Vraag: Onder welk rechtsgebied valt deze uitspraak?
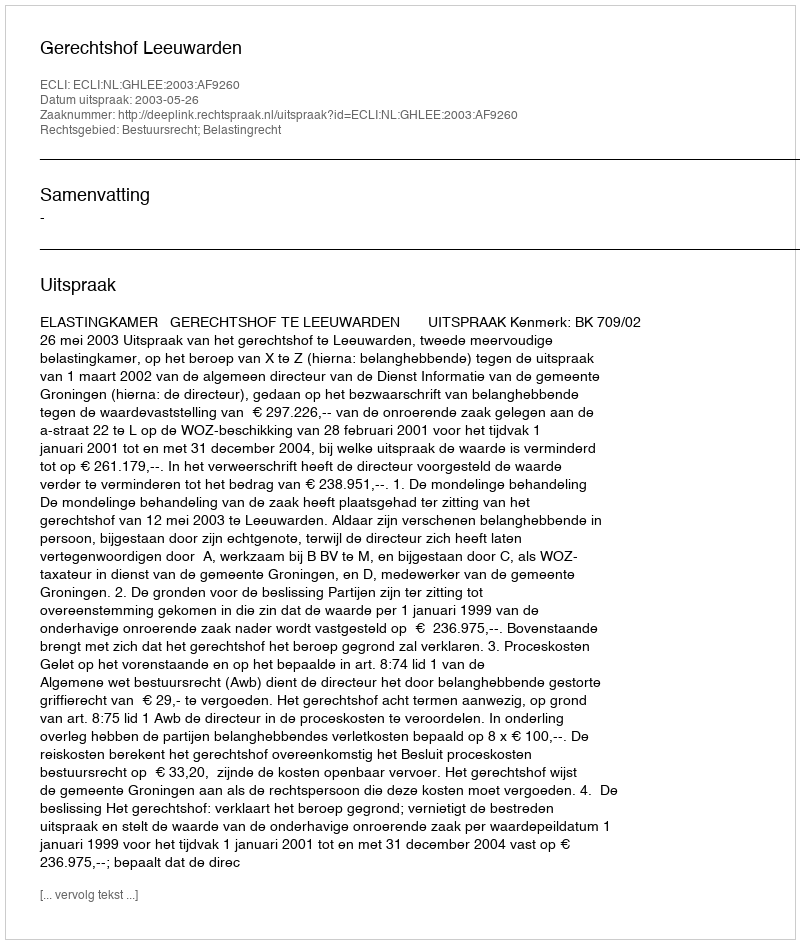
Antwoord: Bestuursrecht; Belastingrecht